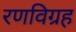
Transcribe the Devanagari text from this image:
रणविग्रह